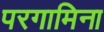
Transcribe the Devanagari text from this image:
परगामिना